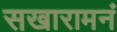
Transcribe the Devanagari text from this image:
सखारामनं